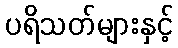
ပရိသတ်များနှင့်